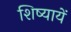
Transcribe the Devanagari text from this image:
शिष्यायें